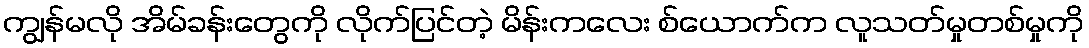
ကျွန်မလို အိမ်ခန်းတွေကို လိုက်ပြင်တဲ့ မိန်းကလေး စ်ယောက်က လူသတ်မှုတစ်မှုကို